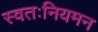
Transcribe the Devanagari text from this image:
स्वतःनियमन